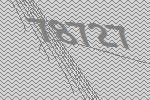
78727